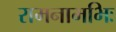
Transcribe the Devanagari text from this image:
रामनामभिः